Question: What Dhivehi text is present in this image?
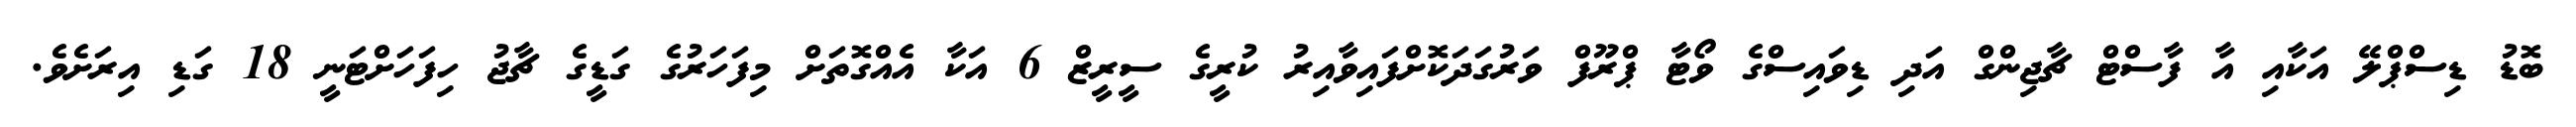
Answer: ބޮޑު ޑިސްޕްލޭ އަކާއި އާ ފާސްޓް ޗާޖިންގް އަދި ޑިވައިސްގެ ވޯޓާ ޕްރޫފް ވަރުގަދަކޮށްފައިވާއިރު ކުރީގެ ސީރީޒް 6 އަކާ އެއްގޮތަށް މިފަހަރުގެ ގަޑީގެ ޗާޖު ހިފަހަށްޓަނީ 18 ގަޑި އިރަށެވެ.